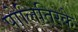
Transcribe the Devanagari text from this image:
पोलितिस्के